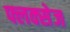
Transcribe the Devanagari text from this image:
फ्लक्‍सेज